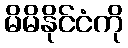
မိမိနိုင်ငံကို